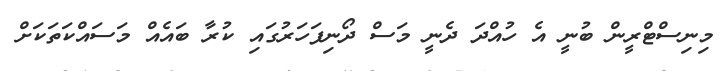
މިނިސްޓްރީން ބުނީ އެ ހުއްދަ ދެނީ މަސް ދޯނިފަހަރުގައި ކުރާ ބައެއް މަސައްކަތަކަށް